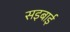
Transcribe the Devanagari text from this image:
सइबाई